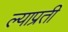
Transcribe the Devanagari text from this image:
ल्याप्रती